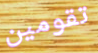
تقومين